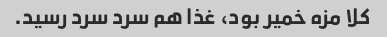
کلا مزه خمیر بود، غذا هم سرد سرد رسید.